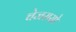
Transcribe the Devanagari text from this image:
चेजरासो